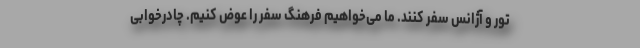
تور و آژانس سفر کنند. ما می‌خواهیم فرهنگ سفر را عوض کنیم. چادرخوابی